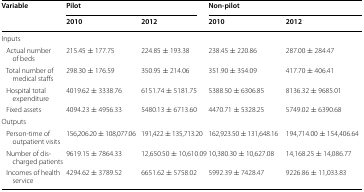
| <ROWSPAN=2> Variable | <COLSPAN=2> Pilot | <COLSPAN=2> Non-pilot |
 | 2010 | 2012 | 2010 | 2012 |
 | --- | --- | --- | --- | --- |
 | <COLSPAN=5> Inputs |
 | Actual number of beds | 215.45 ± 177.75 | 224.85 ± 193.38 | 238.45 ± 220.86 | 287.00 ± 284.47 |
 | Total number of medical staffs | 298.30 ± 176.59 | 350.95 ± 214.06 | 351.90 ± 354.09 | 417.70 ± 406.41 |
 | Hospital total expenditure | 4019.62 ± 3338.76 | 6151.74 ± 5181.75 | 5388.50 ± 6306.85 | 8136.32 ± 9685.01 |
 | Fixed assets | 4094.23 ± 4956.33 | 5480.13 ± 6713.60 | 4470.71 ± 5328.25 | 5749.02 ± 6390.68 |
 | <COLSPAN=5> Outputs |
 | Person-time of outpatient visits | 156,206.20 ± 108,077.06 | 191,422 ± 135,713.20 | 162,923.50 ± 131,648.16 | 194,714.00 ± 154,406.64 |
 | Number of discharged patients | 9619.15 ± 7864.33 | 12,650.50 ± 10,610.09 | 10,380.30 ± 10,627.08 | 14,168.25 ± 14,086.77 |
 | Incomes of health service | 4294.62 ± 3789.52 | 6651.62 ± 5758.02 | 5992.39 ± 7428.47 | 9226.86 ± 11,033.83 |